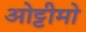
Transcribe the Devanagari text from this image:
ओट्टीमो